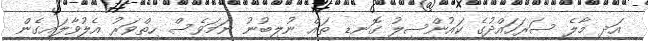
އަދި މާލެ ސަރަހައްދުގެ ކައުންސިލު ގޮނޑި ތައް ނުލިބުނު ނަމަވެސް ހިތްވަރު އެލުވާލައިގެން